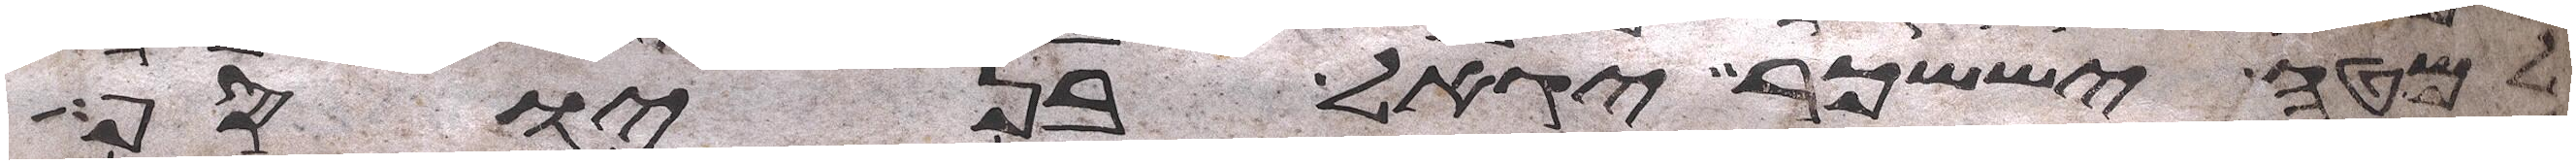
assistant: למטה יששכר יגאל בן יוסף